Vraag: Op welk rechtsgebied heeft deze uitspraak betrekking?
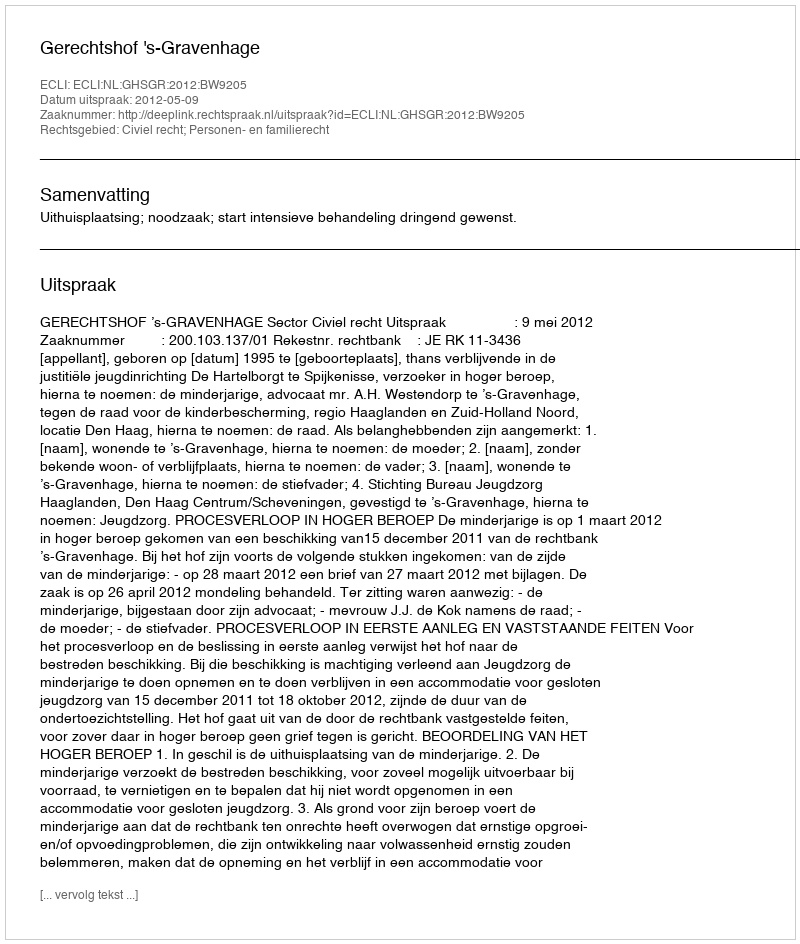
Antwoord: Civiel recht; Personen- en familierecht